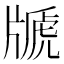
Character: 𤗢